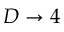
D \rightarrow 4